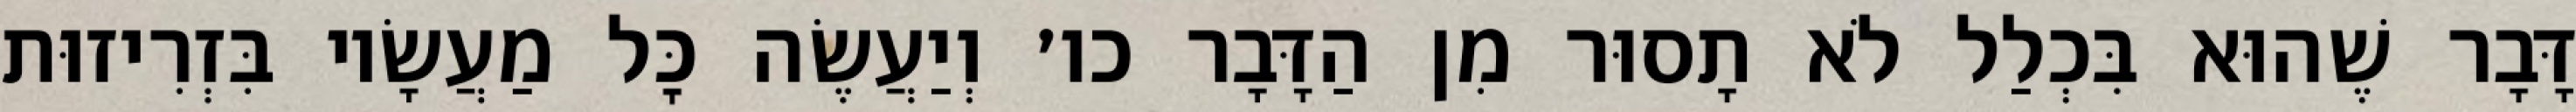
דָּבָר שֶׁהוּא בִּכְלַל לֹא תָסוּר מִן הַדָּבָר כו׳ וְיַעֲשֶׂה כׇּל מַעֲשָׂיו בִּזְרִיזוּת